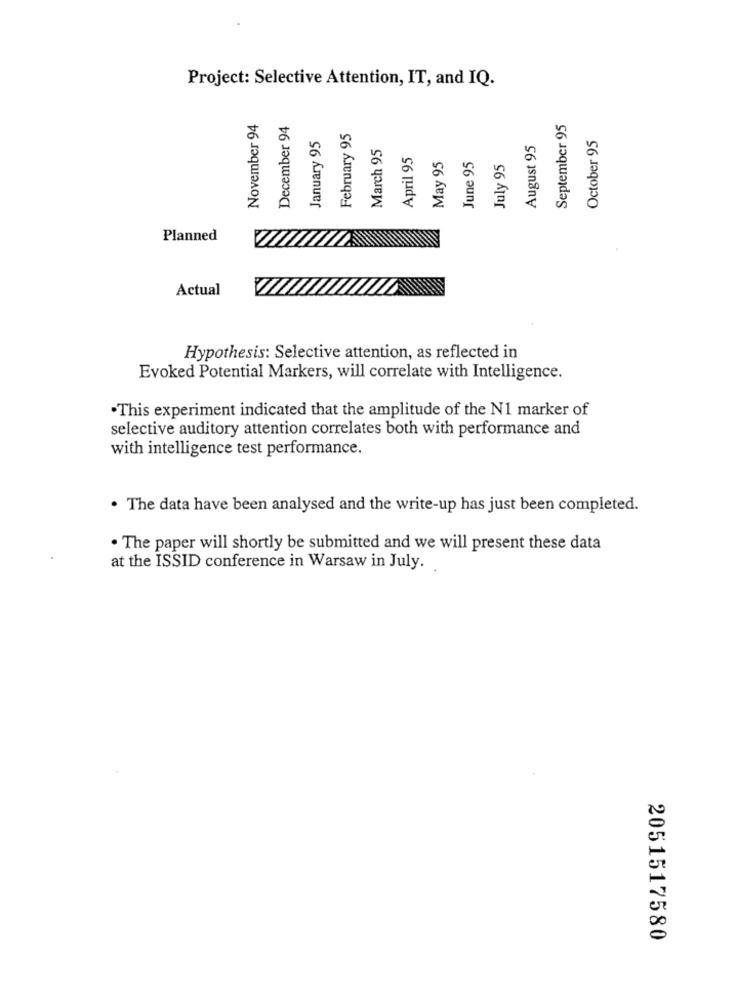
Project: Selective Attention, IT, and IQ.
November 94
December 94
September 95
February 95
October 95
January 95
March 95
August 95
April 95
June 95
May 95
July 95
Planned
Actual
Hypothesis: Selective attention, as reflected in
Evoked Potential Markers, will correlate with Intelligence.
.This experiment indicated that the amplitude of the N1 marker of
selective auditory attention correlates both with performance and
with intelligence test performance.
. The data have been analysed and the write-up has just been completed.
· The paper will shortly be submitted and we will present these data
at the ISSID conference in Warsaw in July.
2051517580